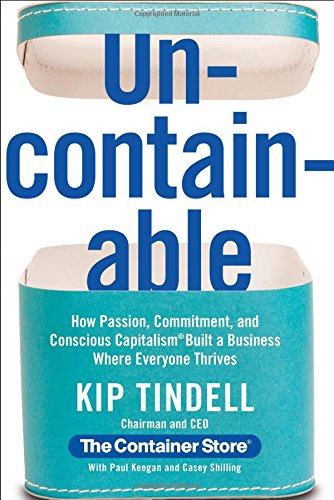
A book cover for Uncontainable: How Passion, Commitment, and Conscious Capitalism Built a Business Where Everyone Thrives; Kip Tindell; Business & Money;